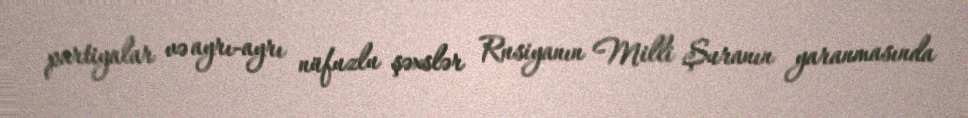
partiyalar və ayrı-ayrı nüfuzlu şəxslər Rusiyanın Milli Şuranın yaranmasında